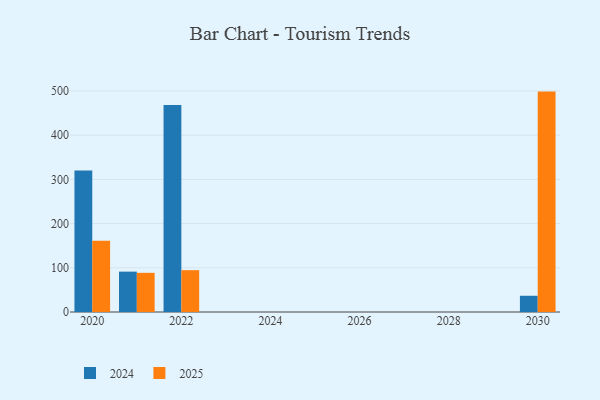
{"axis": {"x": "Year", "y": "Gross Profit (USD K)"}, "legend": ["2024", "2025"], "data": [{"x": "2022", "y": 468.2, "type": "2024"}, {"x": "2022", "y": 94.6, "type": "2025"}, {"x": "2021", "y": 91.3, "type": "2024"}, {"x": "2021", "y": 88.6, "type": "2025"}, {"x": "2020", "y": 320.0, "type": "2024"}, {"x": "2020", "y": 161.0, "type": "2025"}, {"x": "2030", "y": 36.7, "type": "2024"}, {"x": "2030", "y": 498.5, "type": "2025"}]}